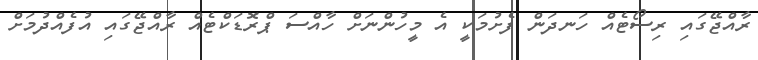
ރާއްޖޭގައި ރިސޯޓެއް ހަނދަން ފެށުމަކީ އެ މީހުންނަށް ހާއްސަ ޕްރޮޑަކްޓެއް ރާއްޖޭގައި އުފެއްދުމަށް